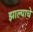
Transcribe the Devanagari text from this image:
झाल्‍याचे